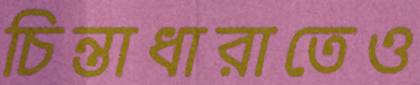
চিন্তাধারাতেও